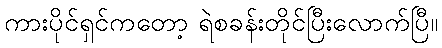
ကားပိုင်ရှင်ကတော့ ရဲစခန်းတိုင်ပြီးလောက်ပြီ။